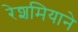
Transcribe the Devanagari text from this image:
रेशमियाने